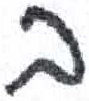
אות: ב